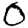
Digit: 0